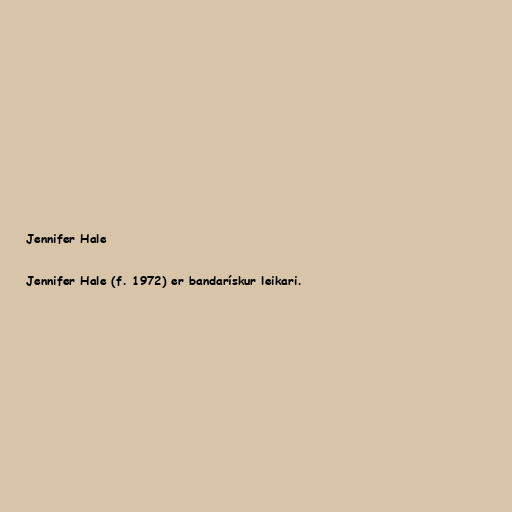
Jennifer Hale

Jennifer Hale (f. 1972) er bandarískur leikari.